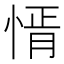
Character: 𢝒